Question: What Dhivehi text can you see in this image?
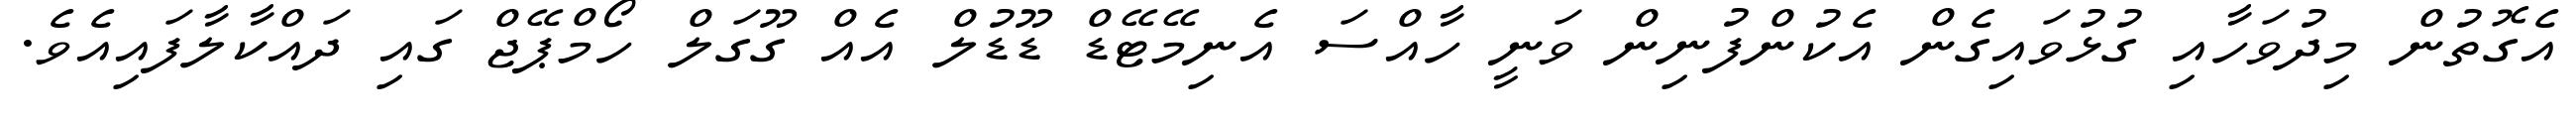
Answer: އެގޮތުން މިދުވަހާއި ގުޅުވައިގެން އެކުންފުނިން ވަނީ ހާއްސަ އެނިމޭޓޭޑް ޑޫޑުލް އެއް ގޫގަލް ހޯމްޕޭޖް ގައި ދައްކާލާފައިއެވެ.